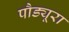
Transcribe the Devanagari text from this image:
पौड्यूरा